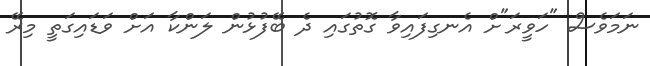
ނަަމަވެސް "ހަވީރަ"ށް އެނގިފައިވާ ގޮތުގައި ދެ ބޭފުޅުން ލަންކާ އަށް ވަޑައިގަތީ މިރޭ